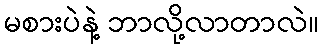
မစားပဲနဲ့ ဘာလို့လာတာလဲ။